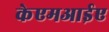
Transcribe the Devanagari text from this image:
केएमआईए